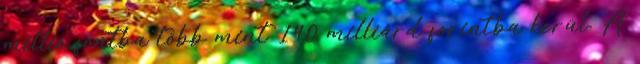
millió fontba több mint 140 milliárd forintba kerül. A